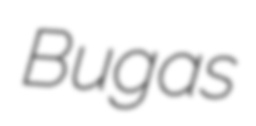
Bugas